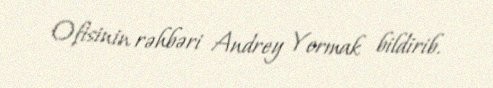
Ofisinin rəhbəri Andrey Yermak bildirib.